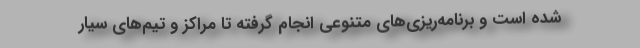
شده است و برنامه‌ریزی‌های متنوعی انجام گرفته تا مراکز و تیم‌های سیار